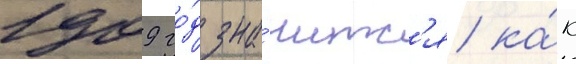
1909 го́д зна́читс'я ка́к